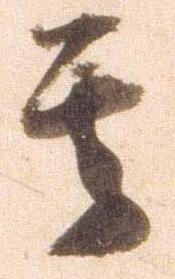
其